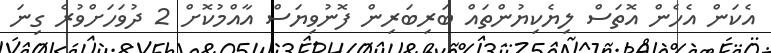
އެކަން އެހެން އޮތަސް ލިޔެކިޔުންތައް ބަރިބަރިން ފޮނުވިޔަސް އާއްމުކޮށް 2 ދުވަހަށްވުރެ ގިނަ